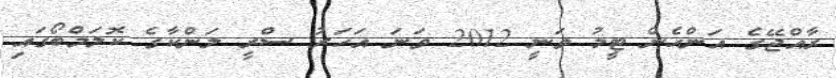
ރާއްޖޭގެ އަންހެން ޓީމު ވަނީ 2012 ވަނަ އަހަރު ސްރީ ލަންކާގެ ކޮލަމްބޯގައި